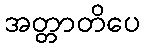
အတ္တာတိပေ